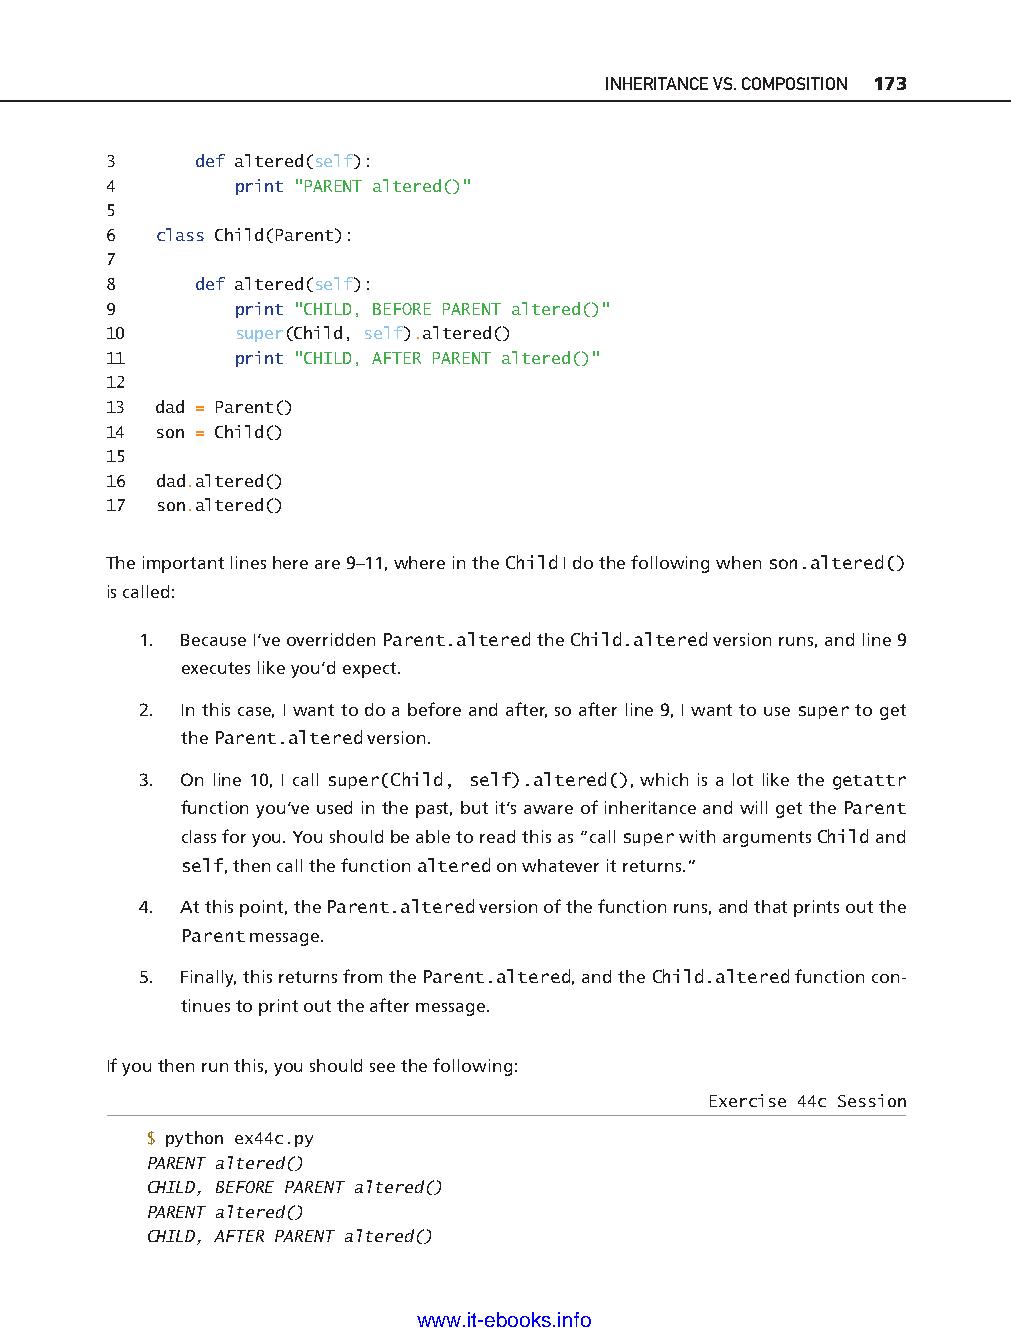
INHERITANCE VS. COMPOSITION 173
 3     def altered(self):
 4        print "PARENT altered()"
 5
 6   class Child(Parent):
 7
 8     def altered(self):
 9        print "CHILD, BEFORE PARENT altered()"
 10       super(Child, self).altered()
 11       print "CHILD, AFTER PARENT altered()"
 12
 13  dad = Parent()
 14  son = Child()
 15
 16  dad.altered()
 17  son.altered()
 The important lines here are 9– 11, where in the Child I do the following when son.altered()
 is called:
 1. Because I’ve overridden Parent.altered the Child.altered version runs, and line 9
 executes like you’d expect.
 ptg11539604
 2. In this case, I want to do a before and after, so after line 9, I want to use super to get
 the Parent.altered version.
 3. On line 10, I call super(Child, self).altered(), which is a lot like the getattr
 function you’ve used in the past, but it’s aware of inheritance and will get the Parent
 class for you. You should be able to read this as “call super with arguments Child and
 self, then call the function altered on whatever it returns.”
 4. At this point, the Parent.altered version of the function runs, and that prints out the
 Parent message.
 5. Finally, this returns from the Parent.altered, and the Child.altered function con-
 tinues to print out the after message.
 If you then run this, you should see the following:
 Exercise 44c Session
 $ python ex44c.py
 PARENT altered()
 CHILD, BEFORE PARENT altered()
 PARENT altered()
 CHILD, AFTER PARENT altered()
 www.it-ebooks.info